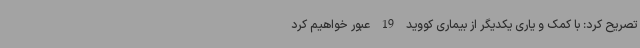
تصریح کرد: با کمک و یاری یکدیگر از بیماری کووید 19 عبور خواهیم کرد